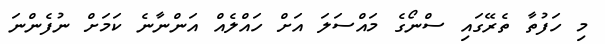
މި ހަފުތާ ތެރޭގައި ސްނޯގެ މައްސަލަ އަށް ހައްލެއް އަންނާނެ ކަމަށް ނުފެންނަ